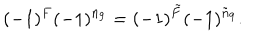
LaTeX: ( - 1 ) ^ { F } ( - 1 ) ^ { n _ { 9 } } = ( - 1 ) ^ { \tilde { F } } ( - 1 ) ^ { \tilde { n } _ { 9 } } .